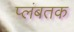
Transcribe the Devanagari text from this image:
प्लंबतक